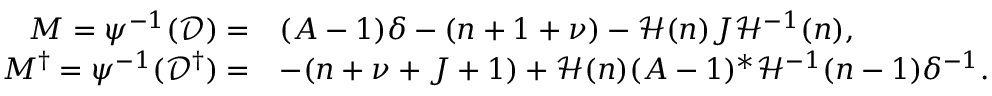
\begin{array} { r l } { M = \psi ^ { - 1 } ( \mathcal { D } ) = } & { ( A - 1 ) \delta - ( n + 1 + \nu ) - \mathcal { H } ( n ) J \mathcal { H } ^ { - 1 } ( n ) , } \\ { M ^ { \dagger } = \psi ^ { - 1 } ( \mathcal { D } ^ { \dagger } ) = } & { - ( n + \nu + J + 1 ) + \mathcal { H } ( n ) ( A - 1 ) ^ { \ast } \mathcal { H } ^ { - 1 } ( n - 1 ) \delta ^ { - 1 } . } \end{array}